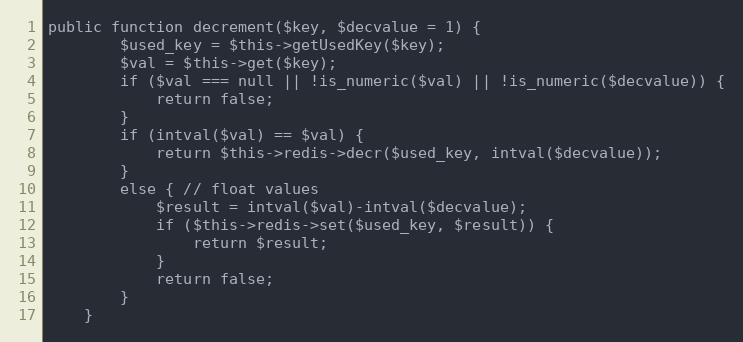
Language: PHP
public function decrement($key, $decvalue = 1) {
        $used_key = $this->getUsedKey($key);
        $val = $this->get($key);
        if ($val === null || !is_numeric($val) || !is_numeric($decvalue)) {
            return false;
        }
        if (intval($val) == $val) {
            return $this->redis->decr($used_key, intval($decvalue));
        }
        else { // float values
            $result = intval($val)-intval($decvalue);
            if ($this->redis->set($used_key, $result)) {
                return $result;
            }
            return false;
        }
    }